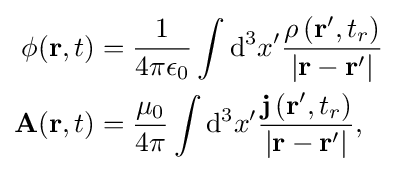
{\begin{aligned}\phi (\mathbf {r} ,t)&={\frac {1}{4\pi \epsilon _{0}}}\int \mathrm {d} ^{3}x^{\prime }{\frac {\rho \left(\mathbf {r} ^{\prime },t_{r}\right)}{\left|\mathbf {r} -\mathbf {r} ^{\prime }\right|}}\\\mathbf {A} (\mathbf {r} ,t)&={\frac {\mu _{0}}{4\pi }}\int \mathrm {d} ^{3}x^{\prime }{\frac {\mathbf {j} \left(\mathbf {r} ^{\prime },t_{r}\right)}{\left|\mathbf {r} -\mathbf {r} ^{\prime }\right|}},\end{aligned}}